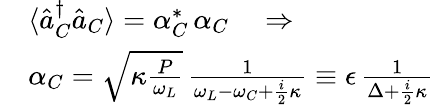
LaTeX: \begin{array}{rl}&{\langle\hat{a}_{C}^{\dagger}\hat{a}_{C}\rangle=\alpha_{C}^{*}\, \alpha_{C}\quad\Rightarrow}\\ &{\alpha_{C}=\sqrt{\kappa\frac{P}{\omega_{L}}}\, \frac{1}{\omega_{L}-\omega_{C}+\frac{i}{2}\kappa}\equiv\epsilon\, \frac{1}{\Delta+\frac{i}{2}\kappa}}\end{array}